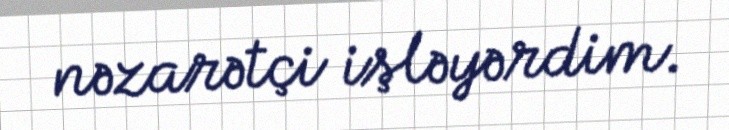
nəzarətçi işləyərdim.